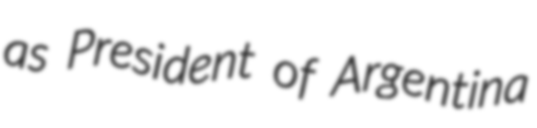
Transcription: as President of Argentina